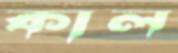
কাল